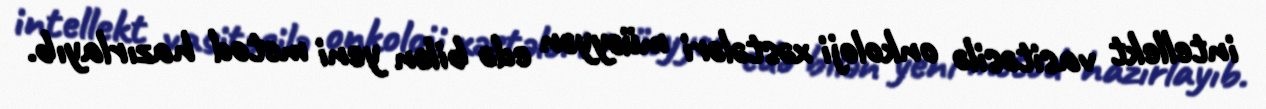
intellekt vasitəsilə onkoloji xəstələri müəyyən edə bilən yeni metod hazırlayıb.